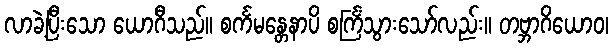
လာခဲ့ပြီးသော ယောဂီသည်။ စင်္ကမန္တေနာပိ စင်္ကြံသွားသော်လည်း။ တဗ္ဘာဂိယောဝ၊